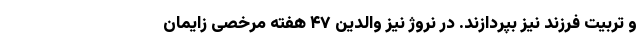
و تربیت فرزند نیز بپردازند. در نروژ نیز والدین ۴۷ هفته مرخصی زایمان